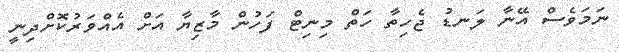
ނަމަވެސް އޭނާ ލަނޑު ޖެހިތާ ހަތް މިނިޓް ފަހުން މާޒިޔާ އަށް އެއްވަރުކޮށްދިނީ